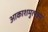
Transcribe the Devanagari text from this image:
आकाशमुत्पन्नम्‌